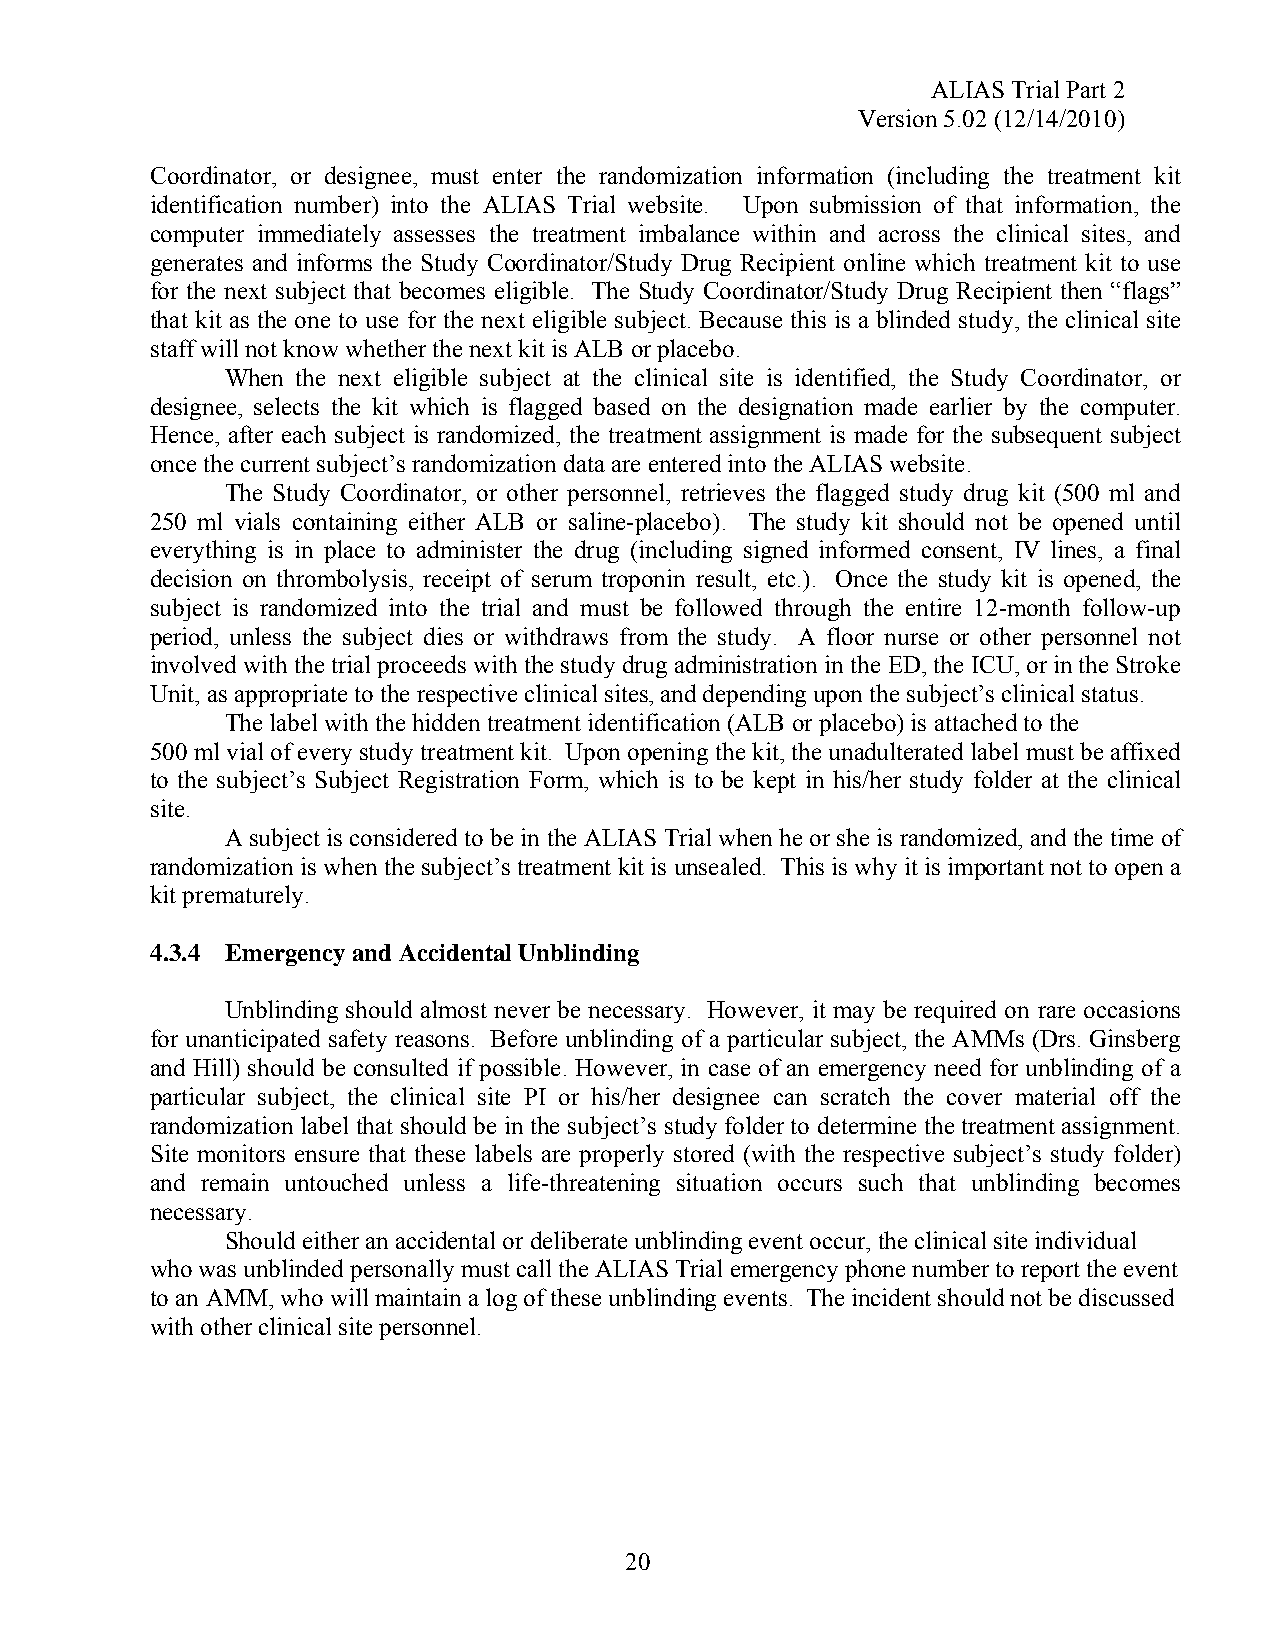
ALIAS Trial Part 2
 Version 5.02 (12/14/2010)
 Coordinator, or designee, must enter the randomization information (including the treatment kit
 identification number) into the ALIAS Trial website. Upon submission of that information, the
 computer immediately assesses the treatment imbalance within and across the clinical sites, and
 generates and informs the Study Coordinator/Study Drug Recipient online which treatment kit to use
 for the next subject that becomes eligible. The Study Coordinator/Study Drug Recipient then “flags”
 that kit as the one to use for the next eligible subject. Because this is a blinded study, the clinical site
 staff will not know whether the next kit is ALB or placebo.
 When the next eligible subject at the clinical site is identified, the Study Coordinator, or
 designee, selects the kit which is flagged based on the designation made earlier by the computer.
 Hence, after each subject is randomized, the treatment assignment is made for the subsequent subject
 once the current subject’s randomization data are entered into the ALIAS website.
 The Study Coordinator, or other personnel, retrieves the flagged study drug kit (500 ml and
 250 ml vials containing either ALB or saline-placebo). The study kit should not be opened until
 everything is in place to administer the drug (including signed informed consent, IV lines, a final
 decision on thrombolysis, receipt of serum troponin result, etc.). Once the study kit is opened, the
 subject is randomized into the trial and must be followed through the entire 12-month follow-up
 period, unless the subject dies or withdraws from the study. A floor nurse or other personnel not
 involved with the trial proceeds with the study drug administration in the ED, the ICU, or in the Stroke
 Unit, as appropriate to the respective clinical sites, and depending upon the subject’s clinical status.
 The label with the hidden treatment identification (ALB or placebo) is attached to the
 500 ml vial of every study treatment kit. Upon opening the kit, the unadulterated label must be affixed
 to the subject’s Subject Registration Form, which is to be kept in his/her study folder at the clinical
 site.
 A subject is considered to be in the ALIAS Trial when he or she is randomized, and the time of
 randomization is when the subject’s treatment kit is unsealed. This is why it is important not to open a
 kit prematurely.
 4.3.4 Emergency and Accidental Unblinding
 Unblinding should almost never be necessary. However, it may be required on rare occasions
 for unanticipated safety reasons. Before unblinding of a particular subject, the AMMs (Drs. Ginsberg
 and Hill) should be consulted if possible. However, in case of an emergency need for unblinding of a
 particular subject, the clinical site PI or his/her designee can scratch the cover material off the
 randomization label that should be in the subject’s study folder to determine the treatment assignment.
 Site monitors ensure that these labels are properly stored (with the respective subject’s study folder)
 and remain untouched unless a life-threatening situation occurs such that unblinding becomes
 necessary.
 Should either an accidental or deliberate unblinding event occur, the clinical site individual
 who was unblinded personally must call the ALIAS Trial emergency phone number to report the event
 to an AMM, who will maintain a log of these unblinding events. The incident should not be discussed
 with other clinical site personnel.
 20